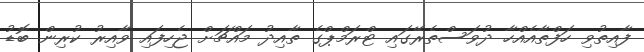
ފާއިތުވި ހަފްތާއެއްހާ ދުވަސްތެރޭގައި ޓްރަމްޕްގެ ތާއިދު މައްޗަށް ޖެހިފައި ވާއިރު ކުރިން ބޮޑު